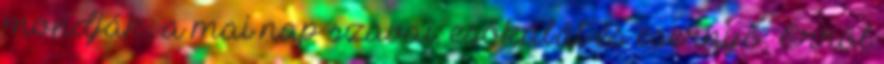
mondják, a mai nap szavai: esőkabát és esernyő. Erről